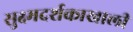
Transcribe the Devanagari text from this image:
सुक्ष्मदर्शकाखाली